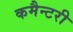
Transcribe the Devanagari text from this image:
कमैन्टरी